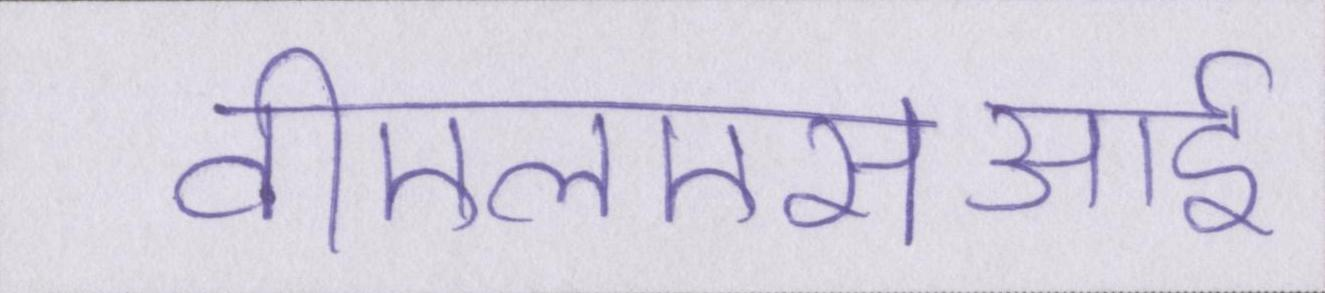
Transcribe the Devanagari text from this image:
वीएलएसआई